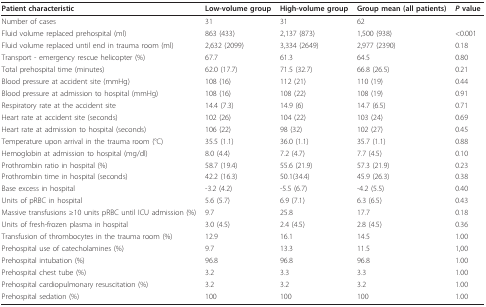
<table><thead><tr><td><b>Patient characteristic</b></td><td><b>Low-volume group</b></td><td><b>High-volume group</b></td><td><b>Group mean (all patients)</b></td><td><b><i>P </i>value</b></td></tr></thead><tbody><tr><td>Number of cases</td><td>31</td><td>31</td><td>62</td><td></td></tr><tr><td>Fluid volume replaced prehospital (ml)</td><td>863 (433)</td><td>2,137 (873)</td><td>1,500 (938)</td><td>&lt;0.001</td></tr><tr><td>Fluid volume replaced until end in trauma room (ml)</td><td>2,632 (2099)</td><td>3,334 (2649)</td><td>2,977 (2390)</td><td>0.18</td></tr><tr><td>Transport - emergency rescue helicopter (%)</td><td>67.7</td><td>61.3</td><td>64.5</td><td>0.80</td></tr><tr><td>Total prehospital time (minutes)</td><td>62.0 (17.7)</td><td>71.5 (32.7)</td><td>66.8 (26.5)</td><td>0.21</td></tr><tr><td>Blood pressure at accident site (mmHg)</td><td>108 (16)</td><td>112 (21)</td><td>110 (19)</td><td>0.44</td></tr><tr><td>Blood pressure at admission to hospital (mmHg)</td><td>108 (16)</td><td>108 (22)</td><td>108 (19)</td><td>0.91</td></tr><tr><td>Respiratory rate at the accident site</td><td>14.4 (7.3)</td><td>14.9 (6)</td><td>14.7 (6.5)</td><td>0.71</td></tr><tr><td>Heart rate at accident site (seconds)</td><td>102 (26)</td><td>104 (22)</td><td>103 (24)</td><td>0.69</td></tr><tr><td>Heart rate at admission to hospital (seconds)</td><td>106 (22)</td><td>98 (32)</td><td>102 (27)</td><td>0.45</td></tr><tr><td>Temperature upon arrival in the trauma room (°C)</td><td>35.5 (1.1)</td><td>36.0 (1.1)</td><td>35.7 (1.1)</td><td>0.88</td></tr><tr><td>Hemoglobin at admission to hospital (mg/dl)</td><td>8.0 (4.4)</td><td>7.2 (4.7)</td><td>7.7 (4.5)</td><td>0.10</td></tr><tr><td>Prothrombin ratio in hospital (%)</td><td>58.7 (19.4)</td><td>55.6 (21.9)</td><td>57.3 (21.9)</td><td>0.23</td></tr><tr><td>Prothrombin time in hospital (seconds)</td><td>42.2 (16.3)</td><td>50.1(34.4)</td><td>45.9 (26.3)</td><td>0.38</td></tr><tr><td>Base excess in hospital</td><td>-3.2 (4.2)</td><td>-5.5 (6.7)</td><td>-4.2 (5.5)</td><td>0.40</td></tr><tr><td>Units of pRBC in hospital</td><td>5.6 (5.7)</td><td>6.9 (7.1)</td><td>6.3 (6.5)</td><td>0.43</td></tr><tr><td>Massive transfusions ≥10 units pRBC until ICU admission (%)</td><td>9.7</td><td>25.8</td><td>17.7</td><td>0.18</td></tr><tr><td>Units of fresh-frozen plasma in hospital</td><td>3.0 (4.5)</td><td>2.4 (4.5)</td><td>2.8 (4.5)</td><td>0.36</td></tr><tr><td>Transfusion of thrombocytes in the trauma room (%)</td><td>12.9</td><td>16.1</td><td>14.5</td><td>1.00</td></tr><tr><td>Prehospital use of catecholamines (%)</td><td>9.7</td><td>13.3</td><td>11.5</td><td>1,00</td></tr><tr><td>Prehospital intubation (%)</td><td>96.8</td><td>96.8</td><td>96.8</td><td>1.00</td></tr><tr><td>Prehospital chest tube (%)</td><td>3.2</td><td>3.3</td><td>3.3</td><td>1.00</td></tr><tr><td>Prehospital cardiopulmonary resuscitation (%)</td><td>3.2</td><td>3.2</td><td>3.2</td><td>1.00</td></tr><tr><td>Prehospital sedation (%)</td><td>100</td><td>100</td><td>100</td><td>1.00</td></tr></tbody></table>